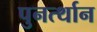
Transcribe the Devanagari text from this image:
पुनर्त्थान